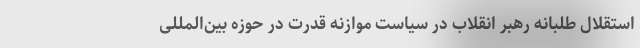
استقلال طلبانه رهبر انقلاب در سیاست موازنه قدرت در حوزه بین‌المللی